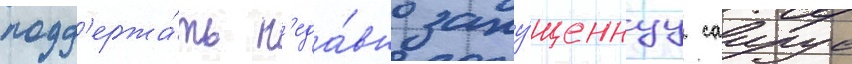
подд'ержа́ть н'еда́вно запу́щеннуу саирус